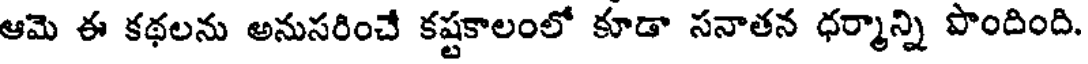
ఆమె ఈ కథలను అనుసరించే కష్టకాలంలో కూడా సనాతన ధర్మాన్ని పొందింది